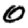
Digit: 0